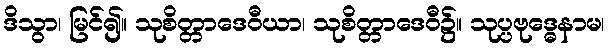
ဒိသွာ၊ မြင်၍။ သုစိတ္တာဒေဝီယာ၊ သုစိတ္တာဒေဝီ၌။ သုပ္ပဗုဒ္ဓေနာမ၊